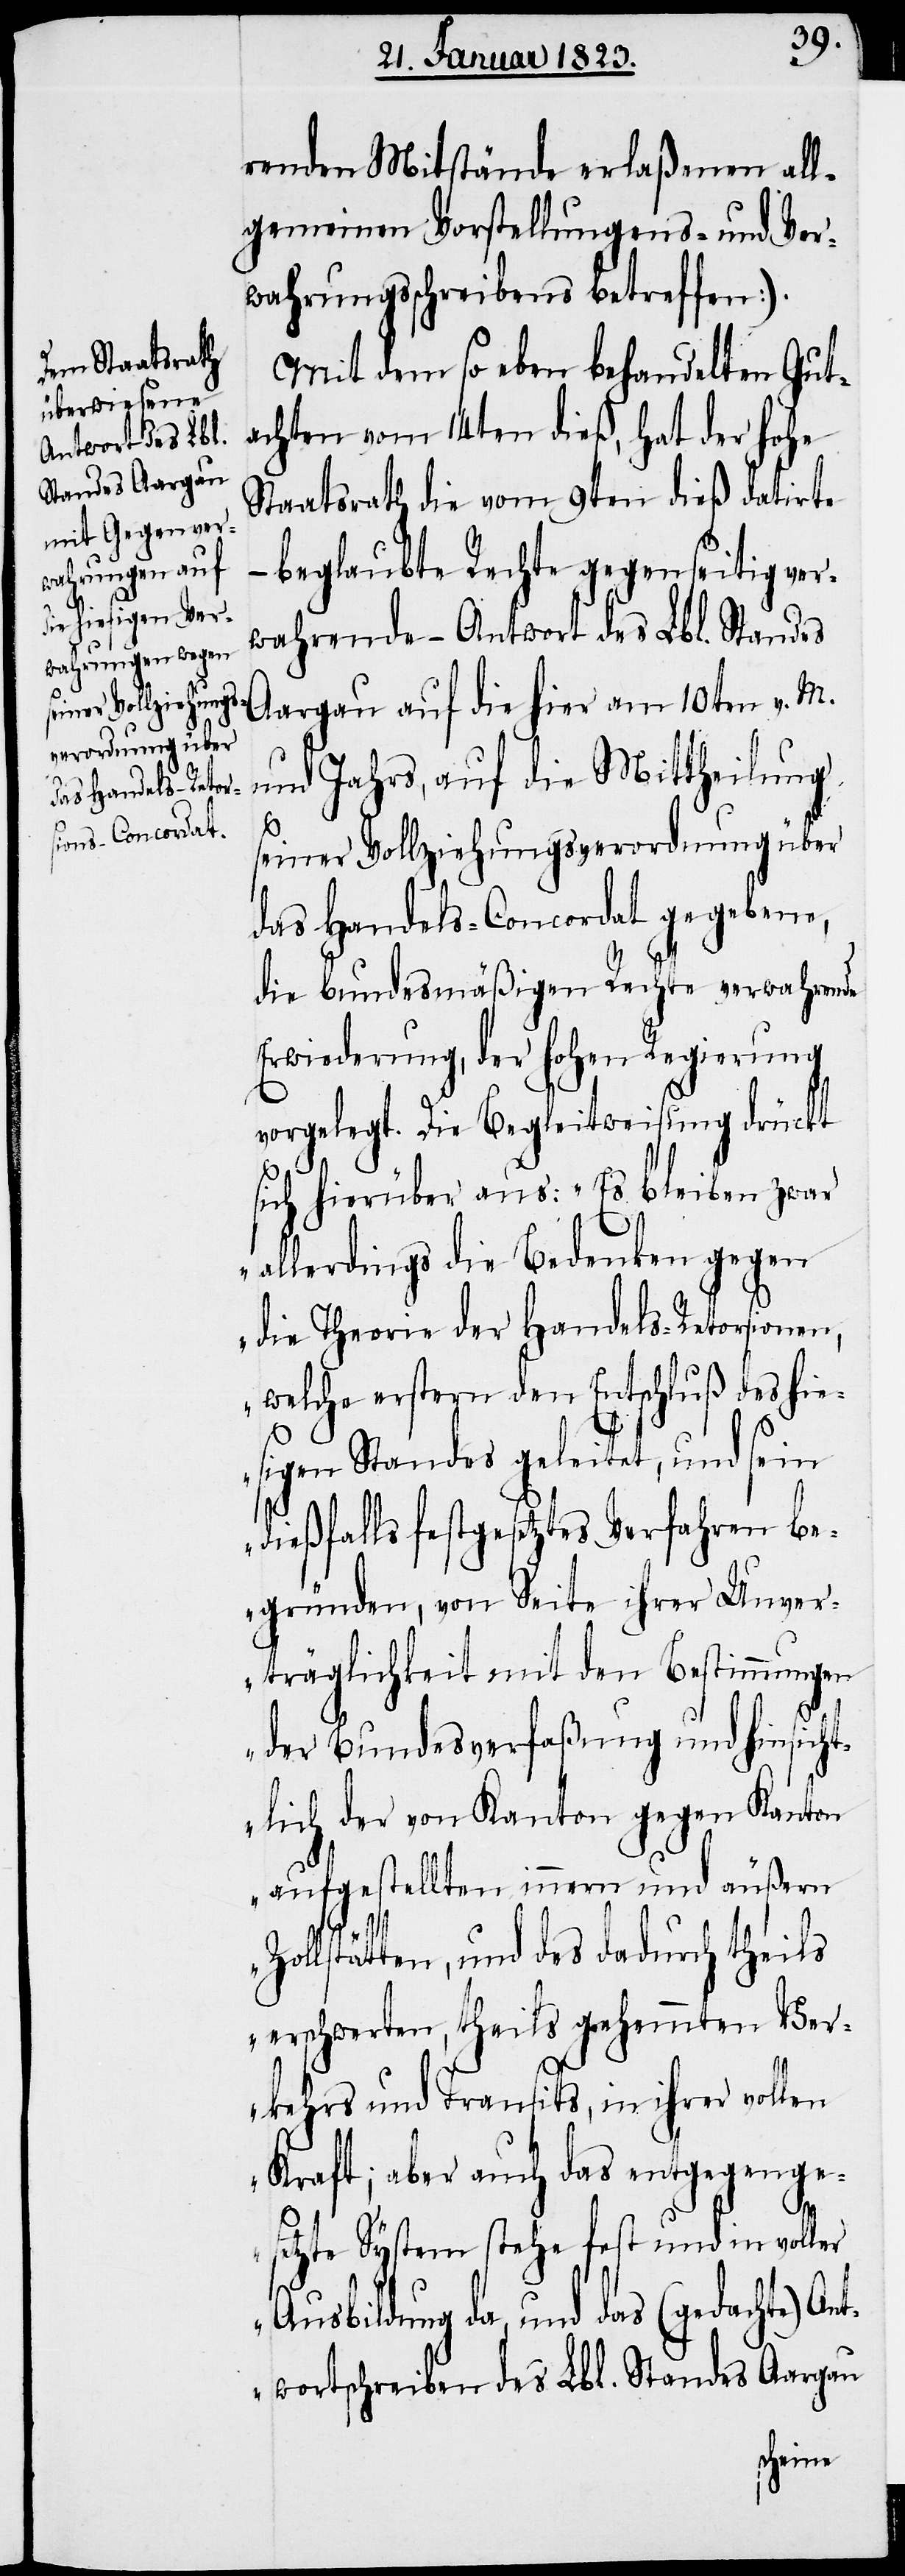
renden Mitstände erlaßenen all¬
gemeinen Vorstellungens- und Ver¬
wahrungsschreibens betreffen).
Mit dem so eben behandelten Gut¬
achten vom 14ten dieß, hat der hohe
Staatsrath die vom 9ten dieß datirte
beglaubte Rechte gegenseitig ver¬
wahrende – Antwort des Lbl. Standes
Aargau auf die hier am 10ten v. M.
und Jahrs, auf die Mittheilung
seiner Vollziehungsverordnung über
das Handels-Concordat gegebene,
die bundesmäßigen Rechte verwahrende
Erwiederung, der hohen Regierung
vorgelegt. Die Begleitweisung drückt
sich hierüber aus: „Es bleiben zwar
allerdings die Bedenken gegen
die Theorie der Handels-Retorsionen,
welche erstern den Entschluß des hie¬
sigen Standes geleitet, und sein
dießfalls festgesetztes Verfahren be¬
gründen, von Seite ihrer Unver¬
träglichkeit mit den Bestimmungen
der Bundesverfaßung und hinsicht¬
lich der von Kanton gegen Kanton
aufgestellten innern und äußern
Zollstätten, und des dadurch theils
erschwerten, theils gehemmten Ver¬
kehrs und Transits, in ihrer vollen
Kraft; aber auch das entgegenge¬
setzte System stehe fest und in voller
Ausbildung da, und das (gedachte) An¬
twortschreiben des Lbl. Standes Aargau